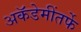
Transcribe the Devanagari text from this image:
अकॅडेमींतर्फे